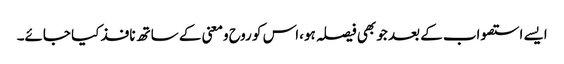
ایسے استصواب کے بعد جو بھی فیصلہ ہو،اس کو روح ومعنی کے ساتھ نافذ کیا جائے۔